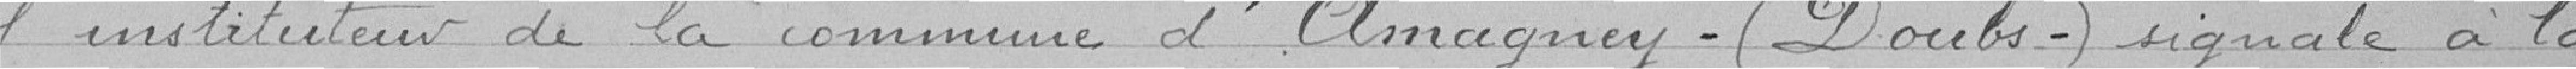
l'instituteur de la commune d'Amagney (Doubs) signale à la